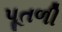
પૂતળી